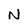
Character: N